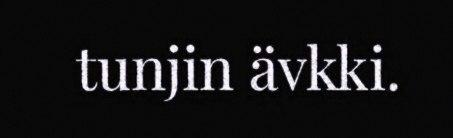
tunjin ävkki.